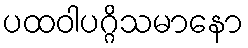
ပထဝါပဂ္ဂိသမာနော